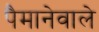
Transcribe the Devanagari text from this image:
पैमानेवाले